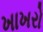
ખાખરો